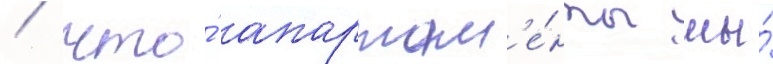
/ что́ апартам'е́нты мы́